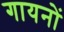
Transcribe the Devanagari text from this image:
गायनों